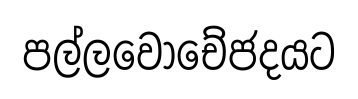
පල්ලවොචේජදයට